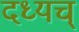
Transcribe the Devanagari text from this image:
दध्यच्